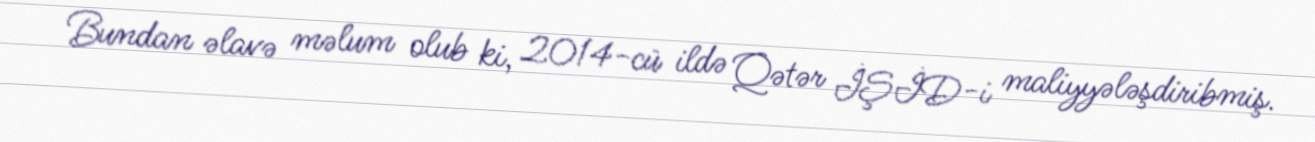
Bundan əlavə məlum olub ki, 2014-cü ildə Qətər İŞİD-i maliyyələşdiribmiş.